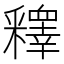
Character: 𨤟